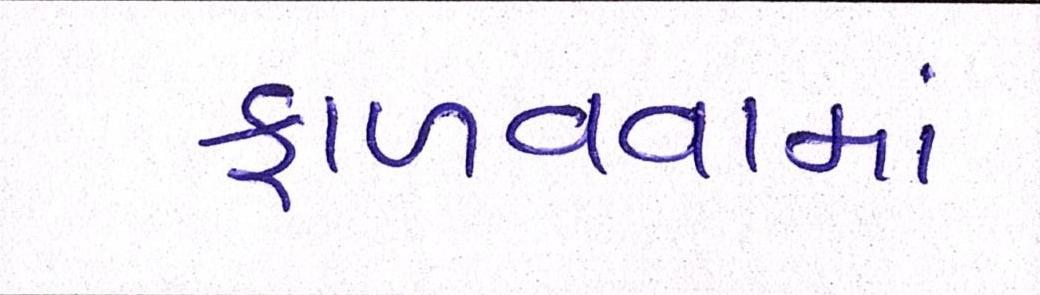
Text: ફાળવવામાં